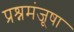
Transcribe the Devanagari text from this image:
प्रश्नमंजूषा